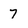
Character: 7